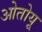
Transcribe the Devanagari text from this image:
ओतोयू